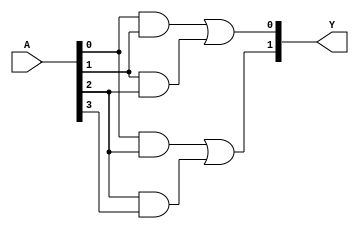
module jewel_pal (
    input wire [N-1:0] A,  // Input signals (A, B, C, ..., N)
    output wire [M-1:0] Y  // Output signals (Y1, Y2, ..., Ym)
);

// Parameters for the number of inputs and outputs
parameter N = 4;  // Number of inputs
parameter M = 2;  // Number of outputs
parameter AND_TERMS = 4; // Number of programmable AND gates

// Programmable AND array
wire [AND_TERMS-1:0] and_out; // Outputs of the AND gates

// Example of programmable AND gates
// Each AND gate can be programmed to connect any combination of inputs
assign and_out[0] = A[0] & A[1]; // Example: AND gate 0 connects A0 and A1
assign and_out[1] = A[1] & A[2]; // Example: AND gate 1 connects A1 and A2
assign and_out[2] = A[0] & A[2]; // Example: AND gate 2 connects A0 and A2
assign and_out[3] = A[2] & A[3]; // Example: AND gate 3 connects A2 and A3

// Fixed OR array
assign Y[0] = and_out[0] | and_out[1]; // Output Y1 combines outputs of AND gate 0 and 1
assign Y[1] = and_out[2] | and_out[3]; // Output Y2 combines outputs of AND gate 2 and 3

endmodule